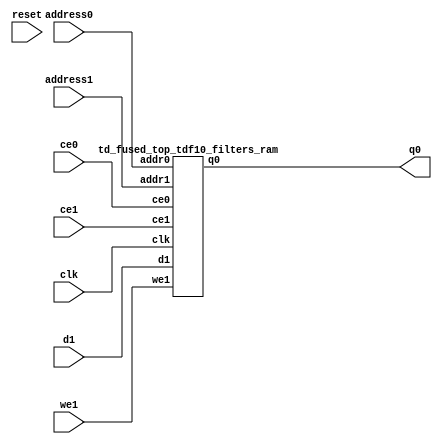
`define EXPONENT 5
`define MANTISSA 10
`define ACTUAL_MANTISSA 11
`define EXPONENT_LSB 10
`define EXPONENT_MSB 14
`define MANTISSA_LSB 0
`define MANTISSA_MSB 9
`define MANTISSA_MUL_SPLIT_LSB 3
`define MANTISSA_MUL_SPLIT_MSB 9
`define SIGN 1
`define SIGN_LOC 15
`define DWIDTH (`SIGN+`EXPONENT+`MANTISSA)
`define IEEE_COMPLIANCE 1

module td_fused_top_tdf10_filters(
    reset,
    clk,
    address0,
    ce0,
    q0,
    address1,
    ce1,
    we1,
    d1);

parameter DataWidth = 32'd64;
parameter AddressRange = 32'd73728;
parameter AddressWidth = 32'd17;
input reset;
input clk;
input[AddressWidth - 1:0] address0;
input ce0;
output[DataWidth - 1:0] q0;
input[AddressWidth - 1:0] address1;
input ce1;
input we1;
input[DataWidth - 1:0] d1;



td_fused_top_tdf10_filters_ram td_fused_top_tdf10_filters_ram_U(
    .clk( clk ),
    .addr0( address0 ),
    .ce0( ce0 ),
    .q0( q0 ),
    .addr1( address1 ),
    .ce1( ce1 ),
    .we1( we1 ),
    .d1( d1 )
);

endmodule
module td_fused_top_tdf10_filters_ram (addr0, ce0, q0, addr1, ce1, d1, we1,  clk);

parameter DWIDTH = 64;
parameter AWIDTH = 17;
parameter MEM_SIZE = 73728;

input[AWIDTH-1:0] addr0;
input ce0;
output wire[DWIDTH-1:0] q0;
input[AWIDTH-1:0] addr1;
input ce1;
input[DWIDTH-1:0] d1;
input we1;
input clk;

 reg [DWIDTH-1:0] ram[MEM_SIZE-1:0];
wire [AWIDTH-1:0] addr0_t0; 
reg [AWIDTH-1:0] addr0_t1; 
reg [DWIDTH-1:0] q0_t0;
  reg [DWIDTH-1:0] q0_t1;
wire [AWIDTH-1:0] addr1_t0; 
reg [AWIDTH-1:0] addr1_t1; 
wire [DWIDTH-1:0] d1_t0; 
wire we1_t0; 
reg [DWIDTH-1:0] d1_t1; 
reg we1_t1; 


assign addr0_t0 = addr0;
assign q0 = q0_t1;
assign addr1_t0 = addr1;
assign d1_t0 = d1;
assign we1_t0 = we1;

always @(posedge clk)  
begin
    if (ce0) 
    begin
        addr0_t1 <= addr0_t0; 
        q0_t1 <= q0_t0;
    end
    if (ce1) 
    begin
        addr1_t1 <= addr1_t0; 
        d1_t1 <= d1_t0;
        we1_t1 <= we1_t0;
    end
end


always @(posedge clk)  
begin 
    if (ce0) begin
        q0_t0 <= ram[addr0_t1];
    end
end


always @(posedge clk)  
begin 
    if (ce1) begin
        if (we1_t1) 
            ram[addr1_t1] <= d1_t1; 
    end
end


endmodule